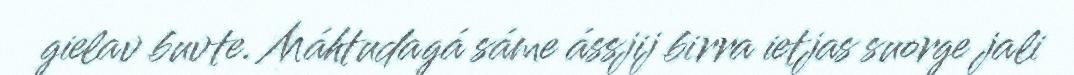
gielav buvte. Máhtudagá sáme ássjij birra ietjas suorge jali